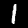
Label: 1